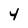
Character: 4